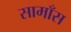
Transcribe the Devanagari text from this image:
सामाँस